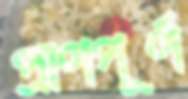
প্রাণপূর্ণ